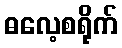
ဓလေ့စရိုက်